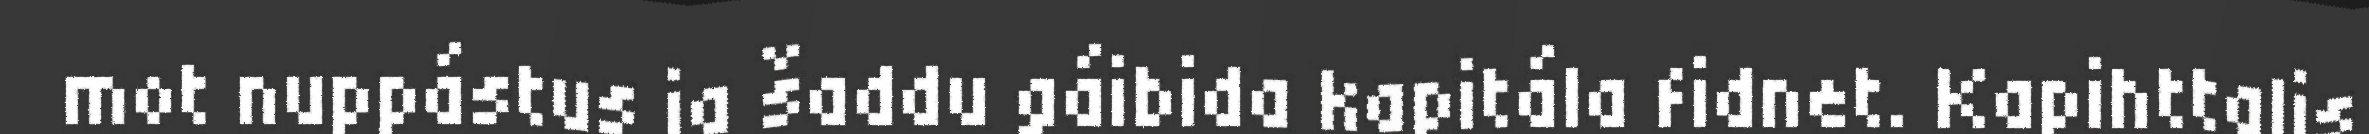
mot nuppástus ja šaddu gáibida kapitála fidnet. Kapihttalis